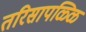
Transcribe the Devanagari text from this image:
तरिसापळ्ळि